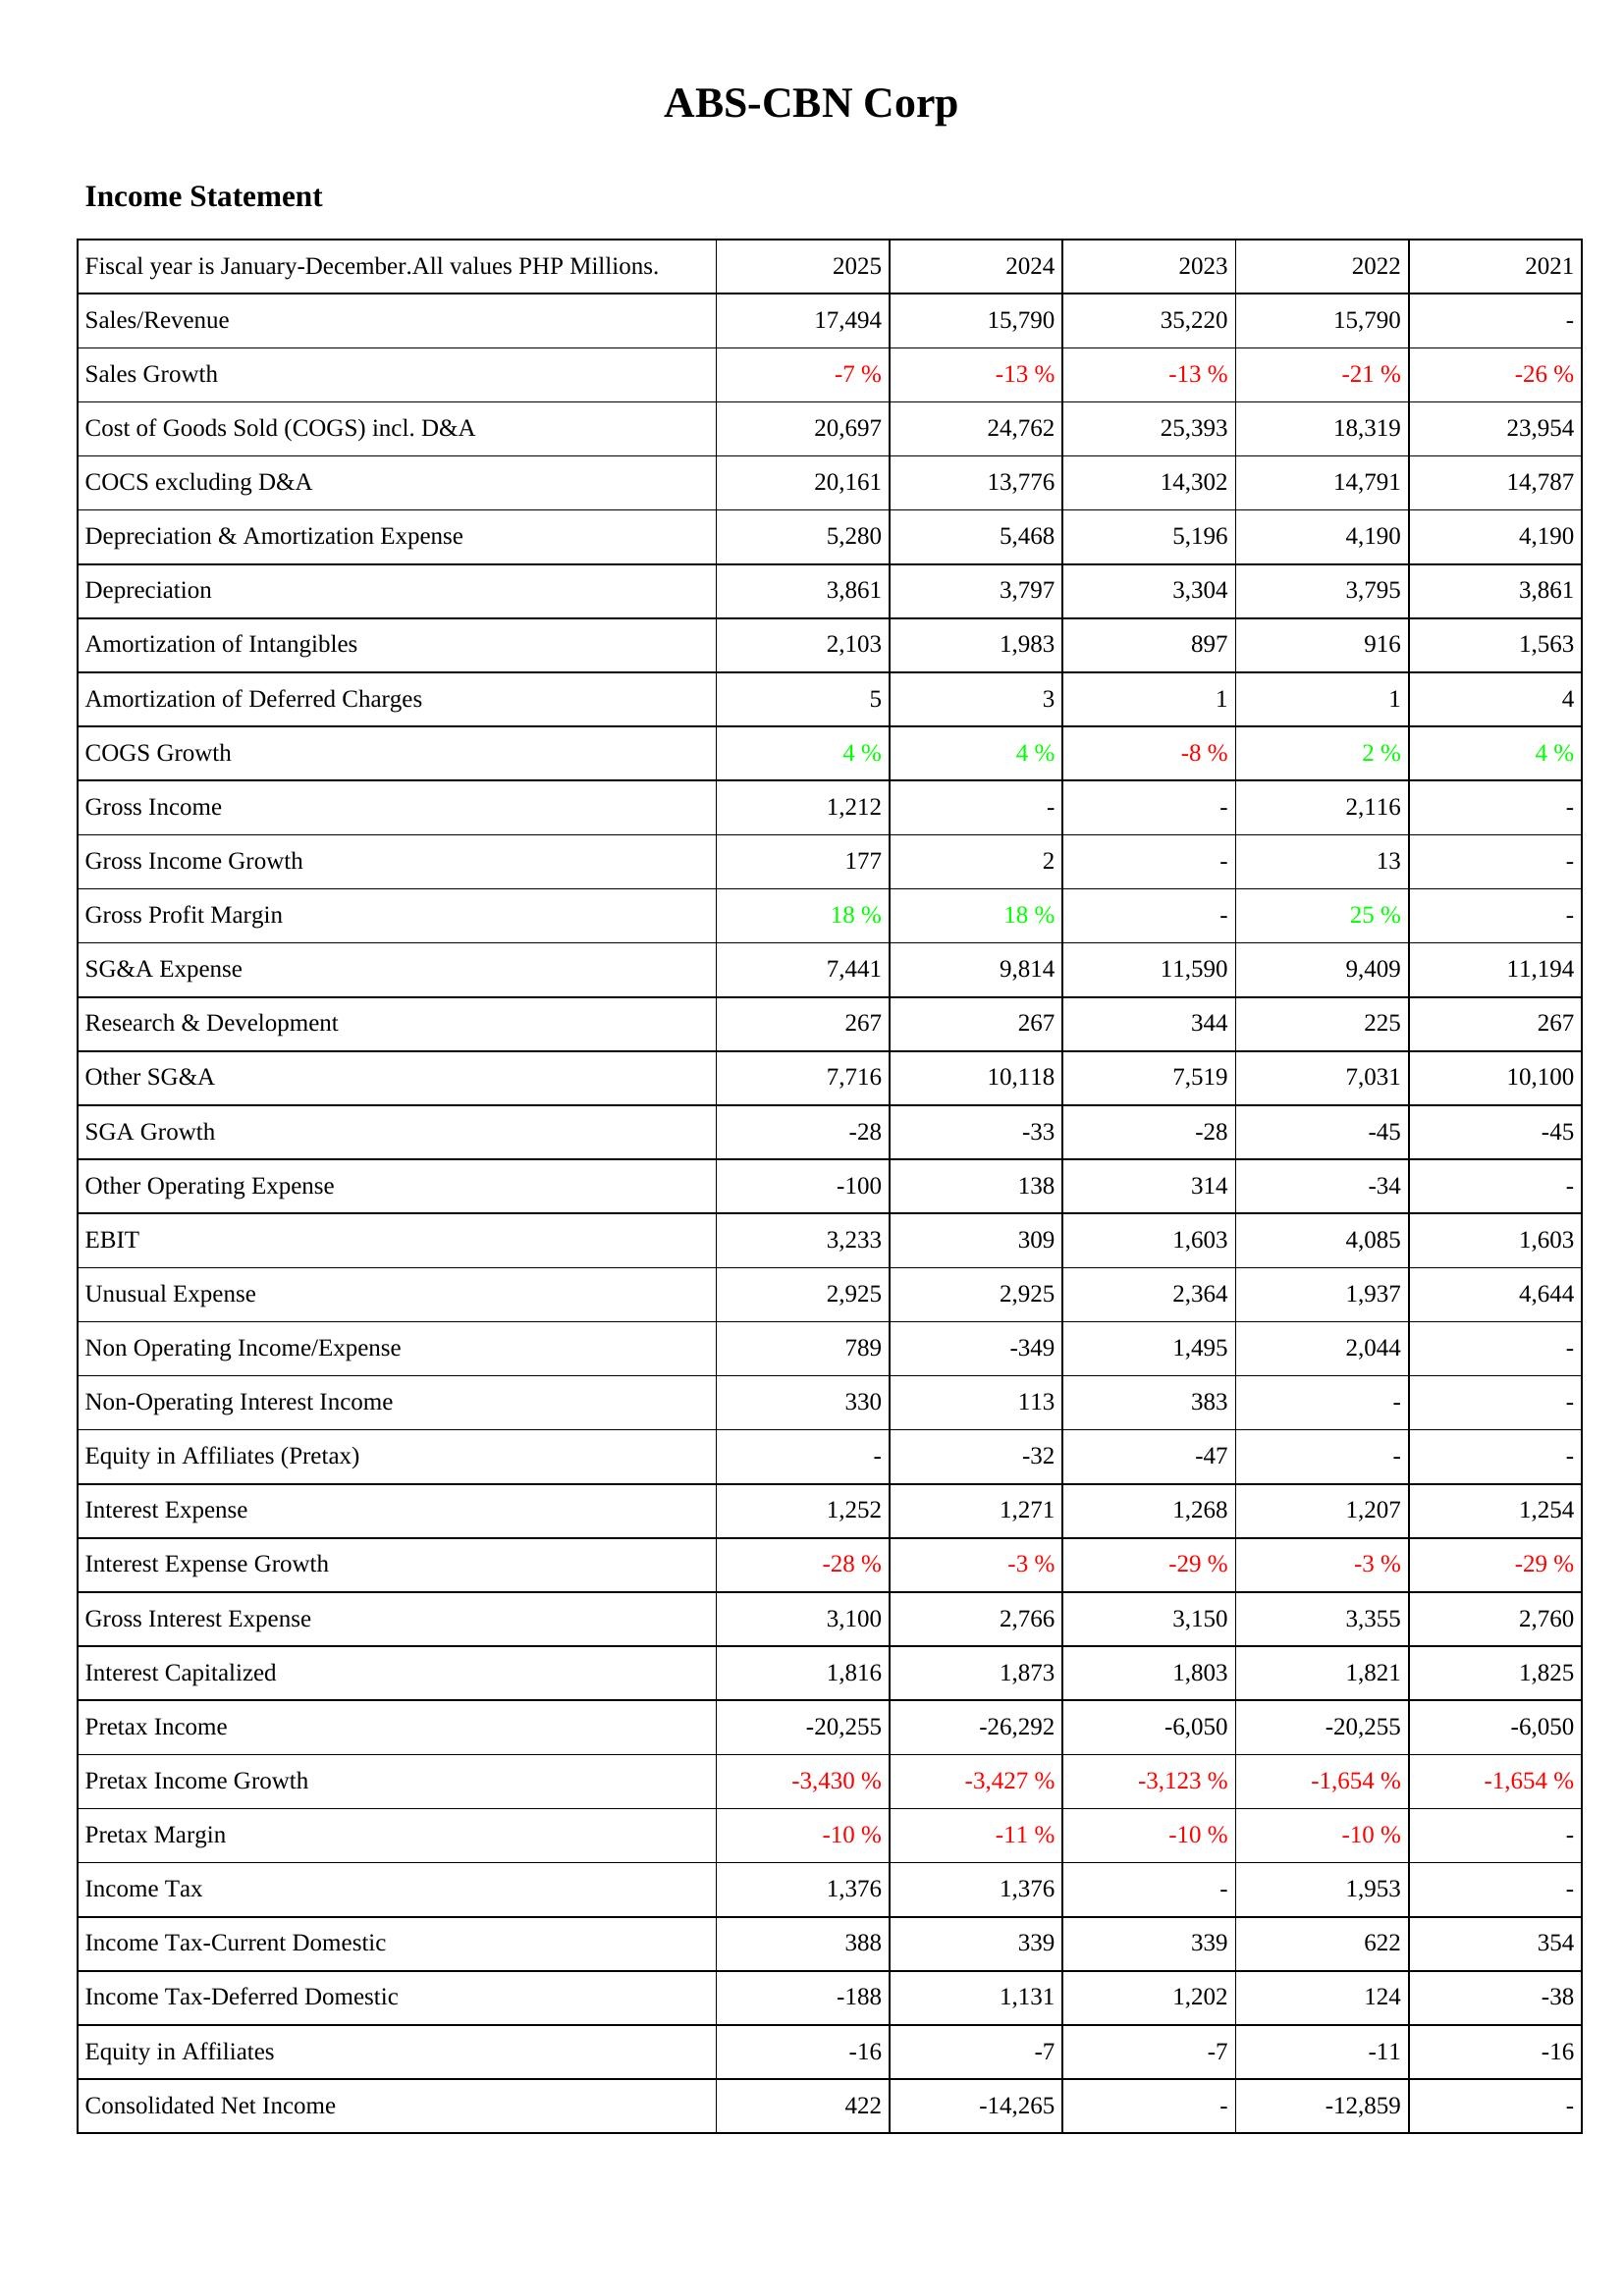
2025: Income Statement: Sales/Revenue: 17,494
Sales Growth: -7 %
Cost of Goods Sold (COGS) incl. D&A: 20,697
COCS excluding D&A: 20,161
Depreciation & Amortization Expense: 5,280
Depreciation: 3,861
Amortization of Intangibles: 2,103
Amortization of Deferred Charges: 5
COGS Growth: 4 %
Gross Income: 1,212
Gross Income Growth: 177
Gross Profit Margin: 18 %
SG&A Expense: 7,441
Research & Development: 267
Other SG&A: 7,716
SGA Growth: -28
Other Operating Expense: -100
EBIT: 3,233
Unusual Expense: 2,925
Non Operating Income/Expense: 789
Non-Operating Interest Income: 330
Equity in Affiliates (Pretax): -
Interest Expense: 1,252
Interest Expense Growth: -28 %
Gross Interest Expense: 3,100
Interest Capitalized: 1,816
Pretax Income: -20,255
Pretax Income Growth: -3,430 %
Pretax Margin: -10 %
Income Tax: 1,376
Income Tax-Current Domestic: 388
Income Tax-Deferred Domestic: -188
Equity in Affiliates: -16
Consolidated Net Income: 422
2024: Income Statement: Sales/Revenue: 15,790
Sales Growth: -13 %
Cost of Goods Sold (COGS) incl. D&A: 24,762
COCS excluding D&A: 13,776
Depreciation & Amortization Expense: 5,468
Depreciation: 3,797
Amortization of Intangibles: 1,983
Amortization of Deferred Charges: 3
COGS Growth: 4 %
Gross Income: -
Gross Income Growth: 2
Gross Profit Margin: 18 %
SG&A Expense: 9,814
Research & Development: 267
Other SG&A: 10,118
SGA Growth: -33
Other Operating Expense: 138
EBIT: 309
Unusual Expense: 2,925
Non Operating Income/Expense: -349
Non-Operating Interest Income: 113
Equity in Affiliates (Pretax): -32
Interest Expense: 1,271
Interest Expense Growth: -3 %
Gross Interest Expense: 2,766
Interest Capitalized: 1,873
Pretax Income: -26,292
Pretax Income Growth: -3,427 %
Pretax Margin: -11 %
Income Tax: 1,376
Income Tax-Current Domestic: 339
Income Tax-Deferred Domestic: 1,131
Equity in Affiliates: -7
Consolidated Net Income: -14,265
2023: Income Statement: Sales/Revenue: 35,220
Sales Growth: -13 %
Cost of Goods Sold (COGS) incl. D&A: 25,393
COCS excluding D&A: 14,302
Depreciation & Amortization Expense: 5,196
Depreciation: 3,304
Amortization of Intangibles: 897
Amortization of Deferred Charges: 1
COGS Growth: -8 %
Gross Income: -
Gross Income Growth: -
Gross Profit Margin: -
SG&A Expense: 11,590
Research & Development: 344
Other SG&A: 7,519
SGA Growth: -28
Other Operating Expense: 314
EBIT: 1,603
Unusual Expense: 2,364
Non Operating Income/Expense: 1,495
Non-Operating Interest Income: 383
Equity in Affiliates (Pretax): -47
Interest Expense: 1,268
Interest Expense Growth: -29 %
Gross Interest Expense: 3,150
Interest Capitalized: 1,803
Pretax Income: -6,050
Pretax Income Growth: -3,123 %
Pretax Margin: -10 %
Income Tax: -
Income Tax-Current Domestic: 339
Income Tax-Deferred Domestic: 1,202
Equity in Affiliates: -7
Consolidated Net Income: -
2022: Income Statement: Sales/Revenue: 15,790
Sales Growth: -21 %
Cost of Goods Sold (COGS) incl. D&A: 18,319
COCS excluding D&A: 14,791
Depreciation & Amortization Expense: 4,190
Depreciation: 3,795
Amortization of Intangibles: 916
Amortization of Deferred Charges: 1
COGS Growth: 2 %
Gross Income: 2,116
Gross Income Growth: 13
Gross Profit Margin: 25 %
SG&A Expense: 9,409
Research & Development: 225
Other SG&A: 7,031
SGA Growth: -45
Other Operating Expense: -34
EBIT: 4,085
Unusual Expense: 1,937
Non Operating Income/Expense: 2,044
Non-Operating Interest Income: -
Equity in Affiliates (Pretax): -
Interest Expense: 1,207
Interest Expense Growth: -3 %
Gross Interest Expense: 3,355
Interest Capitalized: 1,821
Pretax Income: -20,255
Pretax Income Growth: -1,654 %
Pretax Margin: -10 %
Income Tax: 1,953
Income Tax-Current Domestic: 622
Income Tax-Deferred Domestic: 124
Equity in Affiliates: -11
Consolidated Net Income: -12,859
2021: Income Statement: Sales/Revenue: -
Sales Growth: -26 %
Cost of Goods Sold (COGS) incl. D&A: 23,954
COCS excluding D&A: 14,787
Depreciation & Amortization Expense: 4,190
Depreciation: 3,861
Amortization of Intangibles: 1,563
Amortization of Deferred Charges: 4
COGS Growth: 4 %
Gross Income: -
Gross Income Growth: -
Gross Profit Margin: -
SG&A Expense: 11,194
Research & Development: 267
Other SG&A: 10,100
SGA Growth: -45
Other Operating Expense: -
EBIT: 1,603
Unusual Expense: 4,644
Non Operating Income/Expense: -
Non-Operating Interest Income: -
Equity in Affiliates (Pretax): -
Interest Expense: 1,254
Interest Expense Growth: -29 %
Gross Interest Expense: 2,760
Interest Capitalized: 1,825
Pretax Income: -6,050
Pretax Income Growth: -1,654 %
Pretax Margin: -
Income Tax: -
Income Tax-Current Domestic: 354
Income Tax-Deferred Domestic: -38
Equity in Affiliates: -16
Consolidated Net Income: -